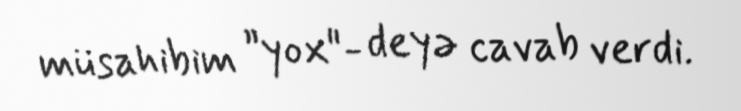
müsahibim ”yox"- deyə cavab verdi.